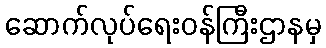
ဆောက်လုပ်ရေးဝန်ကြီးဌာနမှ